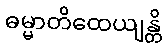
ဓမ္မာတိထေယျန္တိ